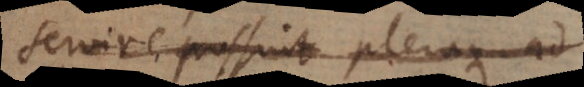
servire possint pleraque ad